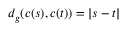
d _ { g } ( c ( s ) , c ( t ) ) = | s - t |